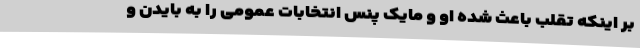
بر اینکه تقلب باعث شده او و مایک پنس انتخابات عمومی را به بایدن و